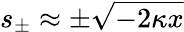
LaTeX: s_{\pm}\approx\pm\sqrt{-2\kappa x}